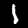
Label: 1